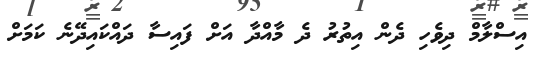
އިސްލާމް ދިވެހި ދެން އިތުރު ދެ މާއްދާ އަށް ފައިސާ ދައްކައިދޭނެ ކަމަށް